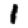
Digit: 1